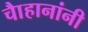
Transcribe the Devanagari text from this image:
चाैहानांनी